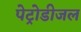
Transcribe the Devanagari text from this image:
पेट्रोडीजल